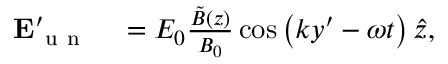
\begin{array} { r l } { \mathbf { E } _ { \mathrm { ~ u ~ n ~ } } ^ { \prime } } & { { } = E _ { 0 } \frac { \tilde { B } ( z ) } { B _ { 0 } } \cos \left( k y ^ { \prime } - \omega t \right) \hat { z } , } \end{array}